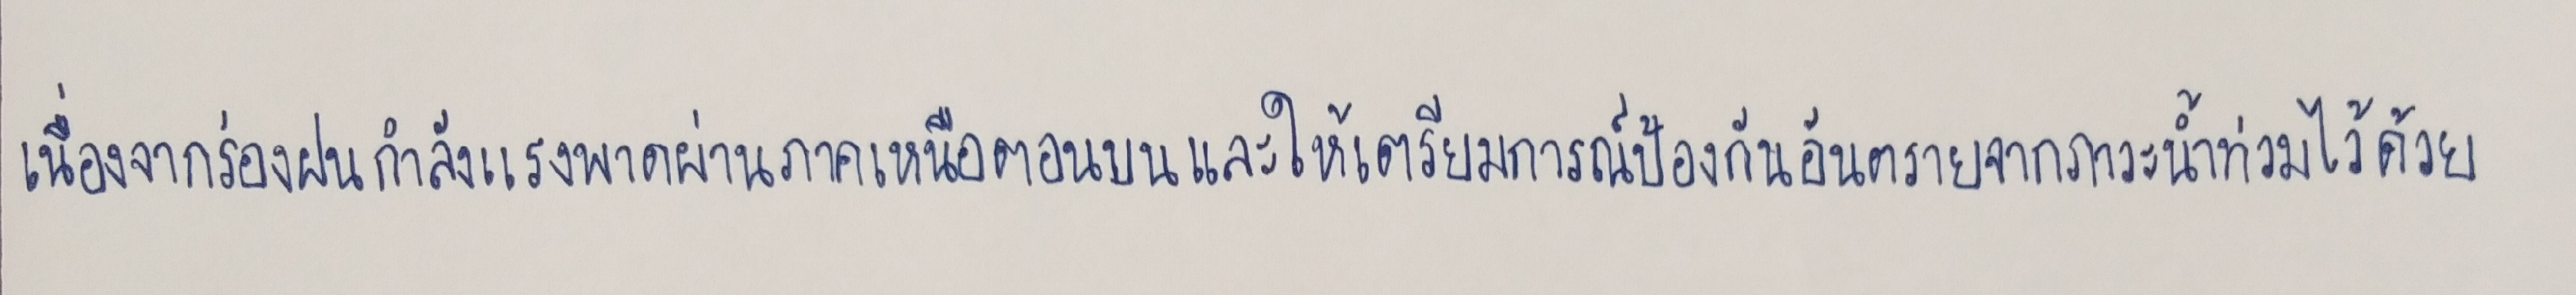
เนื่องจากร่องฝนกำลังแรงพาดผ่านภาคเหนือตอนบนและให้เตรียมการณ์ป้องกันอันตรายจากภาวะน้ำท่วมไว้ด้วย